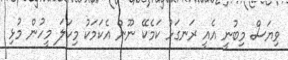
ވިޔަސް މިބުނީ އެއީ ރަނގަޅު ކަމެކޭ ނޫން އެކަމަކު މިކަލަ މީހުން މުޅި